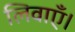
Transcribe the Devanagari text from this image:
लिवाएँ।